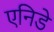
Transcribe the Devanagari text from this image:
एनिडे